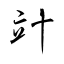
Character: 竍